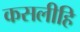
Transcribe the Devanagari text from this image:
कसलीहि